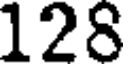
128